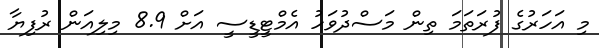
މި އަހަރުގެ ފުރަތަމަ ތިން މަސްދުވަހު އެމްޓީޑީސީ އަށް 8.9 މިލިއަން ރުފިޔާ